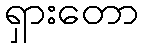
ရှားတော